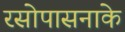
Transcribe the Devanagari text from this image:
रसोपासनाके